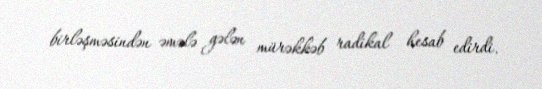
birləşməsindən əmələ gələn mürəkkəb radikal hesab edirdi.